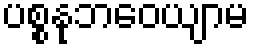
ပစ္စနုဘဝေယျာမ